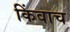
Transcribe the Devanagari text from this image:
किंवाच